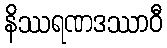
နိဿရဏဒဿာဝီ